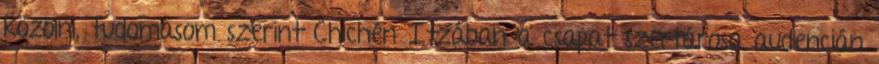
közölni, tudomásom szerint Chichén Itzában a csapat szertárosa audencián